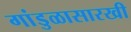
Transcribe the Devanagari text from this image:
गांडुळासारखी